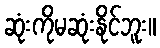
ဆုံးကိုမဆုံးနိုင်ဘူး။